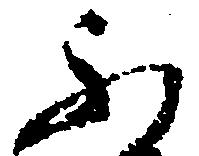
ふ